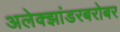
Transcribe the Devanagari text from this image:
अलेक्झांडरबरोबर